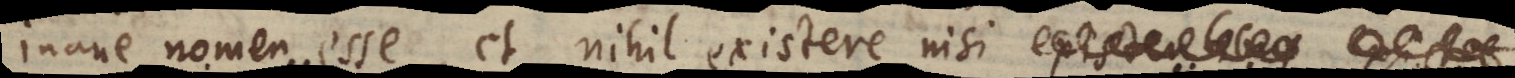
inane nomen esse, et nihil existere nisi existe